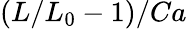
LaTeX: (L/L_{0}-1)/Ca